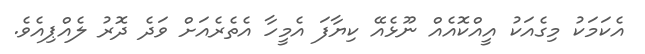
އެކަމަކު މިގެއަކު އީއްކޮއެއް ނޫޅެއޭ ކިޔާފަ އެމީހާ އެތެރެއަށް ވަދެ ދޮރު ލެއްޕިއެވެ.